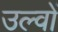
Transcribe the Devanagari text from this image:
उल्वों